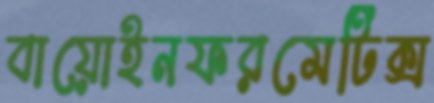
বায়োইনফরমেটিক্স